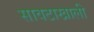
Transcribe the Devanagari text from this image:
सावटाखाली